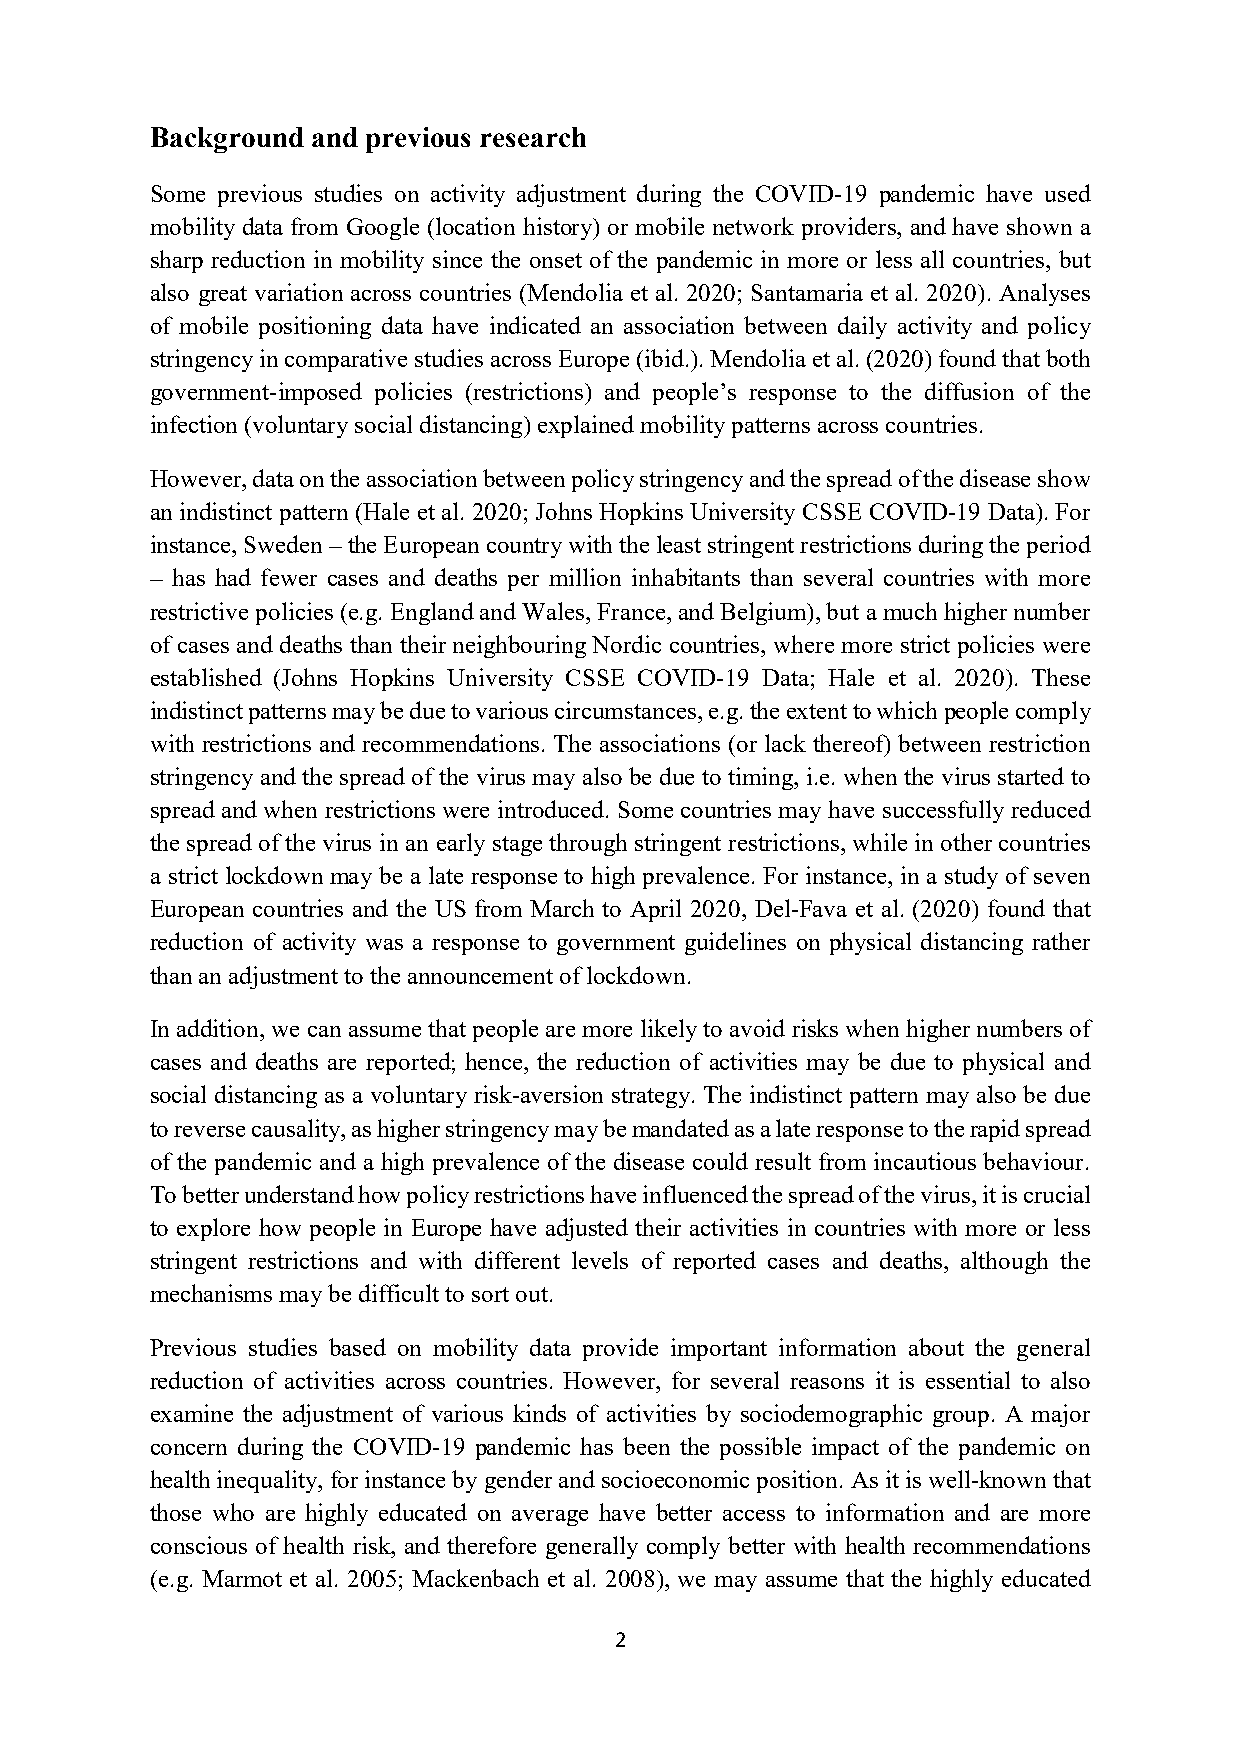
Background and previous research
 Some previous studies on activity adjustment during the COVID-19 pandemic have used
 mobility data from Google (location history) or mobile network providers, and have shown a
 sharp reduction in mobility since the onset of the pandemic in more or less all countries, but
 also great variation across countries (Mendolia et al. 2020; Santamaria et al. 2020). Analyses
 of mobile positioning data have indicated an association between daily activity and policy
 stringency in comparative studies across Europe (ibid.). Mendolia et al. (2020) found that both
 government-imposed policies (restrictions) and people’s response to the diffusion of the
 infection (voluntary social distancing) explained mobility patterns across countries.
 However, data on the association between policy stringency and the spread of the disease show
 an indistinct pattern (Hale et al. 2020; Johns Hopkins University CSSE COVID-19 Data). For
 instance, Sweden – the European country with the least stringent restrictions during the period
 – has had fewer cases and deaths per million inhabitants than several countries with more
 restrictive policies (e.g. England and Wales, France, and Belgium), but a much higher number
 of cases and deaths than their neighbouring Nordic countries, where more strict policies were
 established (Johns Hopkins University CSSE COVID-19 Data; Hale et al. 2020). These
 indistinct patterns may be due to various circumstances, e.g. the extent to which people comply
 with restrictions and recommendations. The associations (or lack thereof) between restriction
 stringency and the spread of the virus may also be due to timing, i.e. when the virus started to
 spread and when restrictions were introduced. Some countries may have successfully reduced
 the spread of the virus in an early stage through stringent restrictions, while in other countries
 a strict lockdown may be a late response to high prevalence. For instance, in a study of seven
 European countries and the US from March to April 2020, Del-Fava et al. (2020) found that
 reduction of activity was a response to government guidelines on physical distancing rather
 than an adjustment to the announcement of lockdown.
 In addition, we can assume that people are more likely to avoid risks when higher numbers of
 cases and deaths are reported; hence, the reduction of activities may be due to physical and
 social distancing as a voluntary risk-aversion strategy. The indistinct pattern may also be due
 to reverse causality, as higher stringency may be mandated as a late response to the rapid spread
 of the pandemic and a high prevalence of the disease could result from incautious behaviour.
 To better understand how policy restrictions have influenced the spread of the virus, it is crucial
 to explore how people in Europe have adjusted their activities in countries with more or less
 stringent restrictions and with different levels of reported cases and deaths, although the
 mechanisms may be difficult to sort out.
 Previous studies based on mobility data provide important information about the general
 reduction of activities across countries. However, for several reasons it is essential to also
 examine the adjustment of various kinds of activities by sociodemographic group. A major
 concern during the COVID-19 pandemic has been the possible impact of the pandemic on
 health inequality, for instance by gender and socioeconomic position. As it is well-known that
 those who are highly educated on average have better access to information and are more
 conscious of health risk, and therefore generally comply better with health recommendations
 (e.g. Marmot et al. 2005; Mackenbach et al. 2008), we may assume that the highly educated
 2